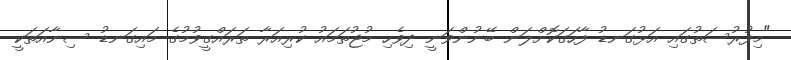
"މިފުރުސަތުގައި އަޅުގަނޑު ފާހަގަކޮށްލަން ބޭނުންވަނީ ދިވެހި މުޖުތަމައު ކުރިއަރާ ތަރައްގީވުމުގެ މައިގަނޑު ސިނާއަތަކީ